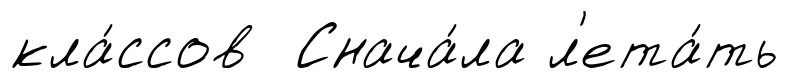
кла́ссов Снача́ла л'ета́ть